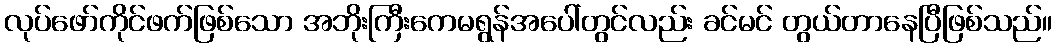
လုပ်ဖော်ကိုင်ဖက်ဖြစ်သော အဘိုးကြီးကေမရွန်အပေါ်တွင်လည်း ခင်မင် တွယ်တာနေပြီဖြစ်သည်။